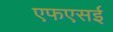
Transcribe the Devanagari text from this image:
एफएसई